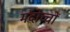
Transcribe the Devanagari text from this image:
मंदोच्चों